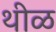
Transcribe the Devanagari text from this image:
थीळ